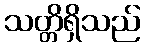
သတ္တိရှိသည်